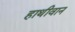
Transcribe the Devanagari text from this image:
हाथीवान